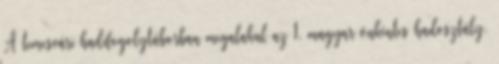
A temesvári hadifogolytáborban megalakul az 1. magyar önkéntes hadosztály.